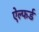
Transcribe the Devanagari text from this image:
ऐल्फर्ड